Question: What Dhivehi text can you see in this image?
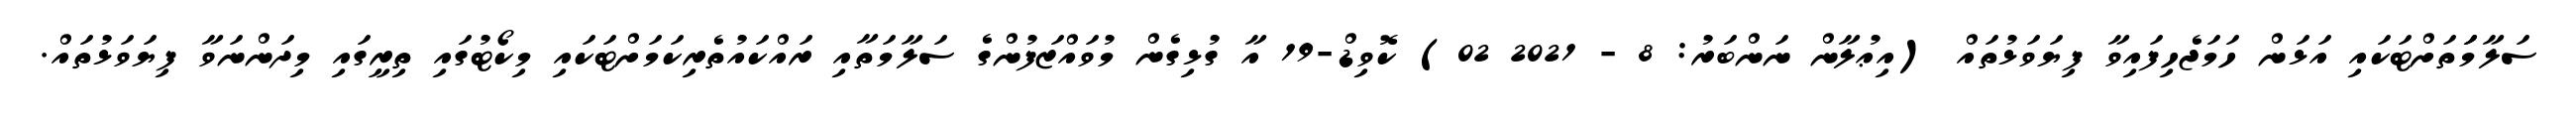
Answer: ސަލާމަަތަށްޓަކައި އަޅަން ހަމަޖެހިފައިވާ ފިޔަވަޅުތައް (އިޢުލާން ނަންބަރު: 8 - 2021 02) ކޮވިޑް-19 އާ ގުޅިގެން މުވައްޒަފުންގެ ސަލާމަތާއި ރައްކައުތެރިކަމަށްޓަކައި މިކޯޓުގައި ތިރީގައި މިދަންނަވާ ފިޔަވަޅުތައް.